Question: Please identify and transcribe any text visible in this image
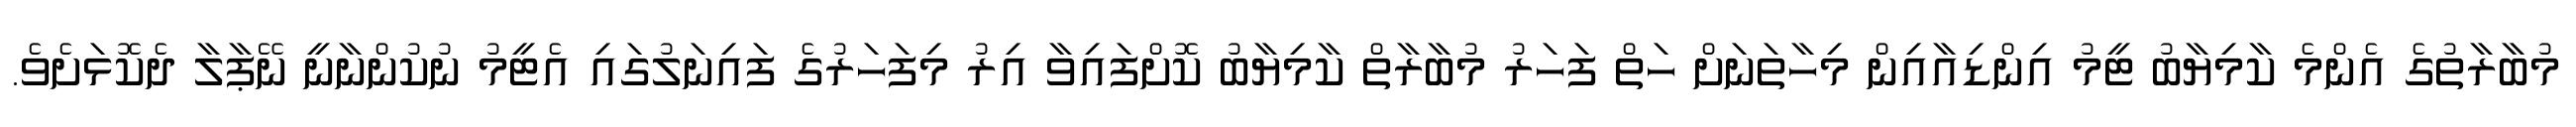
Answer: މުބާރާތުގެ އެންމެ ކާމިޔާބު ޓީމު އިންޑިއާއިން މިހާތަނަށް ހަތް ފަހަރު މުބާރާތް ކާމިޔާބު ކޮށްފައިވާ އިރު މިފަހަރުގެ ފައިނަލުގައި އެޓީމު ނުކުންނާނީ ނޭޕާލާ ދެކޮޅަށެވެ.